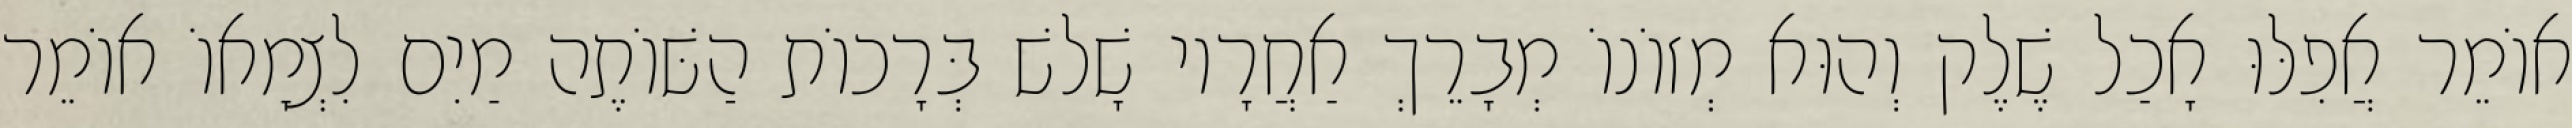
אוֹמֵר אֲפִלּוּ אָכַל שֶׁלֶק וְהוּא מְזוֹנוֹ מְבָרֵךְ אַחֲרָיו שָׁלשׁ בְּרָכוֹת הַשּׁוֹתֶה מַיִם לִצְמָאוֹ אוֹמֵר